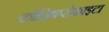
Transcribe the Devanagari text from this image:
कोनिफरोफाइटा